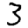
Digit: 3